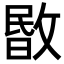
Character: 𢾞